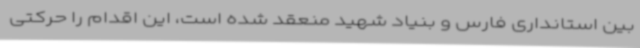
بین استانداری فارس و بنیاد شهید منعقد شده است، این اقدام را حرکتی